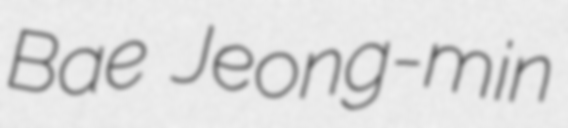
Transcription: Bae Jeong-min